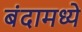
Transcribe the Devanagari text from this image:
बंदामध्ये